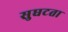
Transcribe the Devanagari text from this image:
सुघटता